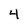
Character: 4